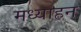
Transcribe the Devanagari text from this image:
मध्याहन